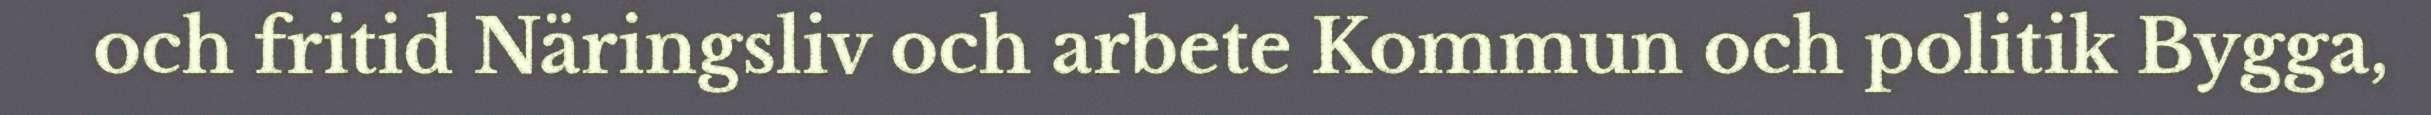
och fritid Näringsliv och arbete Kommun och politik Bygga,